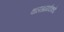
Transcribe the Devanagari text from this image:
वालसांगवीकडे